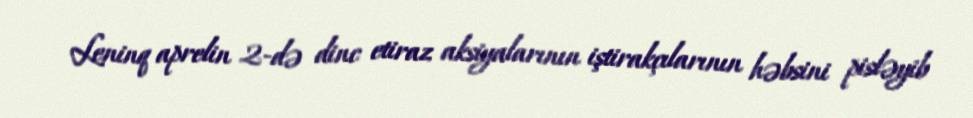
Leninq aprelin 2-də dinc etiraz aksiyalarının iştirakçılarının həbsini pisləyib